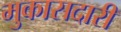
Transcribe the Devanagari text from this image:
मुकासदारी